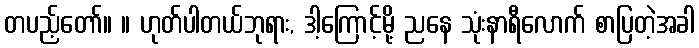
တပည့်တော်။ ။ ဟုတ်ပါတယ်ဘုရား, ဒါ့ကြောင့်မို့ ညနေ သုံးနာရီလောက် စာပြတဲ့အခါ